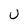
Character: U